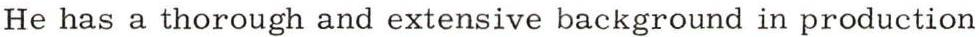
He has a thorough and extensive background in production